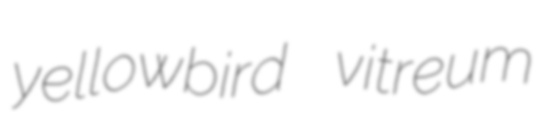
yellowbird vitreum